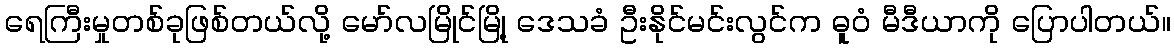
ရေကြီးမှုတစ်ခုဖြစ်တယ်လို့ မော်လမြိုင်မြို့ ဒေသခံ ဦးနိုင်မင်းလွင်က ဓူဝံ မီဒီယာကို ပြောပါတယ်။